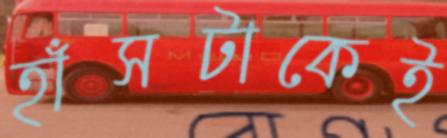
হাঁসটাকেই